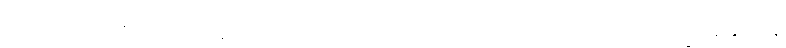
သကျကုလပ္ပသုတော စာယသ္မာ တထာဂတဿ ဘာတာ စူဠပိတုပုတ္တော။ တတ္ထ ကေစိ ဘိက္ခူ ဆန္ဒာဂမနံ